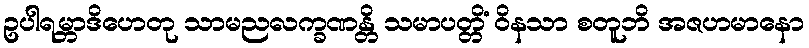
ဥပါရမ္ဘာဒိဟေတု သာမညလက္ခဏန္တိ သမာပတ္တိံ ဝိနသာ စတူဘိ အဇဟမာနော